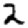
Digit: 2